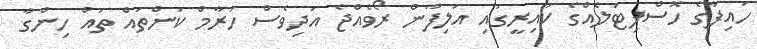
ހައިފާގެ ހޮސްޕިޓަލެއްގެ ކައިރީގައި އަލިފާން ރޯވެއްޖެ އަދިވެސް ހަރާމް ކަންތައް ތައް ހިންގާ